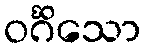
ဝင်္ဂိသော